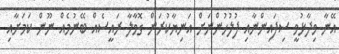
އޭނާ ވިދާޅުވީ ސިފައިންނާއި ފުލުހުންނަށް އަނިޔާކުރަން ގޮވާލާ ރައީސެއް ބޭނުމެއް ނޫން ކަމަށާއި